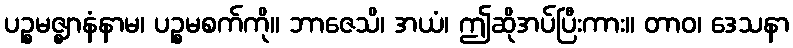
ပဉ္စမဇ္ဈာနံနာမ၊ ပဉ္စမစက်ကို။ ဘာဇေသိ၊ အယံ၊ ဤဆိုအပ်ပြီးကား။ တာဝ၊ ဒေသနာ